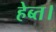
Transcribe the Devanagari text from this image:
हेब्त।